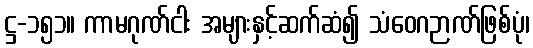
ဋ္ဌ-၁၅၁။ ကာမဂုဏ်ငါး အများနှင့်ဆက်ဆံ၍ သံဝေဂဉာဏ်ဖြစ်ပုံ၊